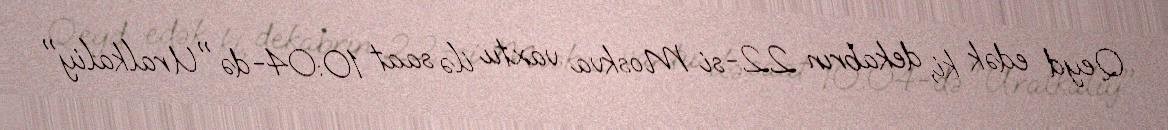
Qeyd edək ki, dekabrın 22-si Moskva vaxtıı ilə saat 10:04-də "Uralkaliy"